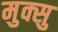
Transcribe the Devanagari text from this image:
मुक्सु